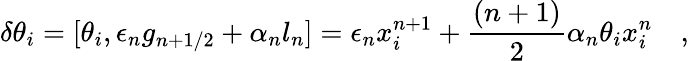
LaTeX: \delta\theta_{i}=[\theta_{i},\epsilon_{n}g_{n+1/2}+\alpha_{n}l_{n}]=\epsilon_{n}x_{i}^{n+1}+\frac{(n+1)}{2}\alpha_{n}\theta_{i}x_{i}^{n}\quad,